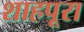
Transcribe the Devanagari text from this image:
शाहपूरा